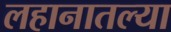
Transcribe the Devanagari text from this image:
लहानातल्या